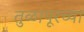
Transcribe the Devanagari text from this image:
तुळापूरच्या